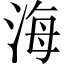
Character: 海